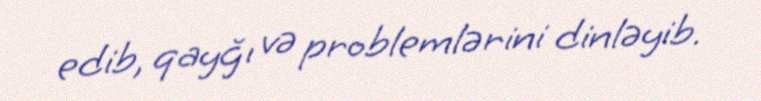
edib, qayğı və problemlərini dinləyib.